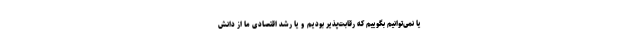
یا نمی‌توانیم بگوییم که رقابت‌پذیر بودیم و یا رشد اقتصادی ما از دانش